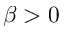
\beta > 0